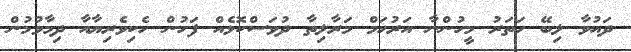
ދައުވާ ލިބޭ ހަތަރު މީހުންނާ އަރުހަމް މަރާލިތާ ދުވަސްކޮޅެއް ފަހުން ހެކިވެރިޔާއާ ދިމާވުމުން